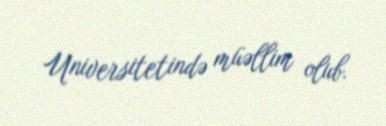
Universitetində müəllim olub.